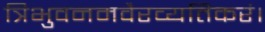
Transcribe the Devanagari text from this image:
त्रिभुवनमवैरव्यतिकरं।